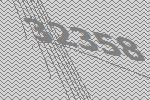
32358